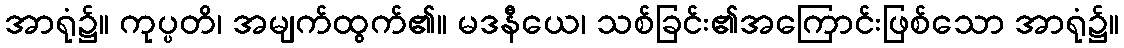
အာရုံ၌။ ကုပ္ပတိ၊ အမျက်ထွက်၏။ မဒနီယေ၊ သစ်ခြင်း၏အကြောင်းဖြစ်သော အာရုံ၌။